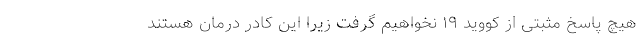
هیچ پاسخ مثبتی از کووید ۱۹ نخواهیم گرفت زیرا این کادر درمان هستند